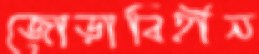
জোড়াবিহীন